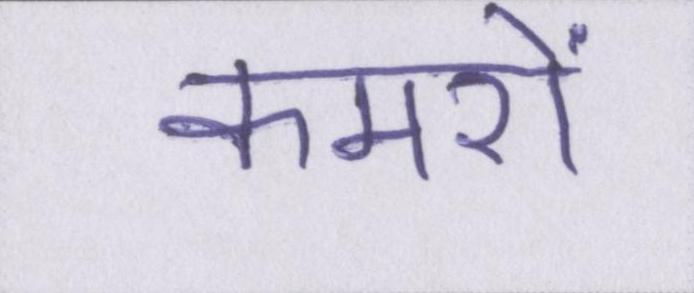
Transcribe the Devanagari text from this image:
कमरों